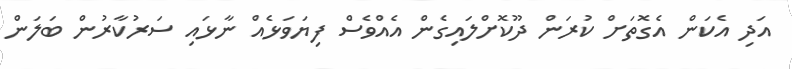
އަދި އެކަން އެގޮތަށް ކުރަން ދޫކޮށްލައިގެން އެއްވެސް ފިޔަވަޅެއް ނާޅައި ސަރުކާރުން ބަލަން